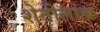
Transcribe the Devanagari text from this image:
शेतीलाच